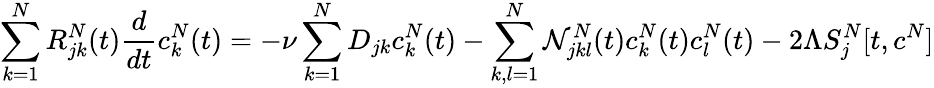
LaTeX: \sum_{k=1}^{N}R_{jk}^{N}(t)\frac{d}{dt}c_{k}^{N}(t)=-\nu\sum_{k=1}^{N}D_{jk}c_{k}^{N}(t)-\sum_{k,l=1}^{N}\mathcal{N}_{jkl}^{N}(t)c_{k}^{N}(t)c_{l}^{N}(t)-2\Lambda S_{j}^{N}[t,c^{N}]